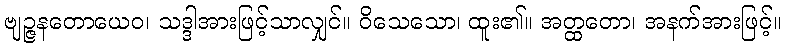
ဗျဉ္ဇနတောယေဝ၊ သဒ္ဒါအားဖြင့်သာလျှင်။ ဝိသေသော၊ ထူး၏။ အတ္ထတော၊ အနက်အားဖြင့်။